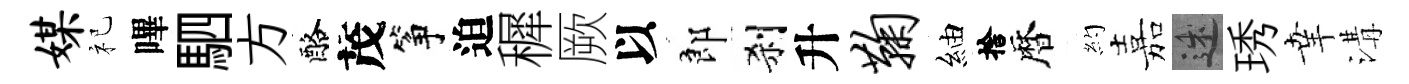
媒祀嗶駟方酪茂筝迫穉厥以郎刹升鞠紬捨暦約嘉述琇𦍒溝